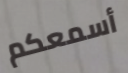
أسمعكم